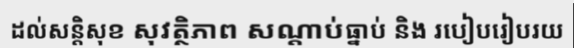
ដល់សន្តិសុខ សុវត្ថិភាព សណ្តាប់ធ្នាប់ និង របៀបរៀបរយ